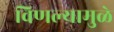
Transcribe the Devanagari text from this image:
विणल्यामुळे